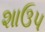
શાઉપ